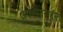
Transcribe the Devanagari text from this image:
अवसायनातील